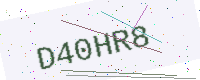
Text: D40HR8